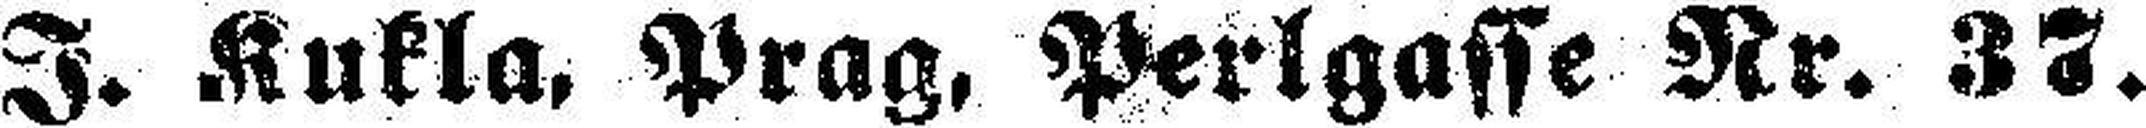
J. Kukla, Prag, Perlgasse Nr. 37.